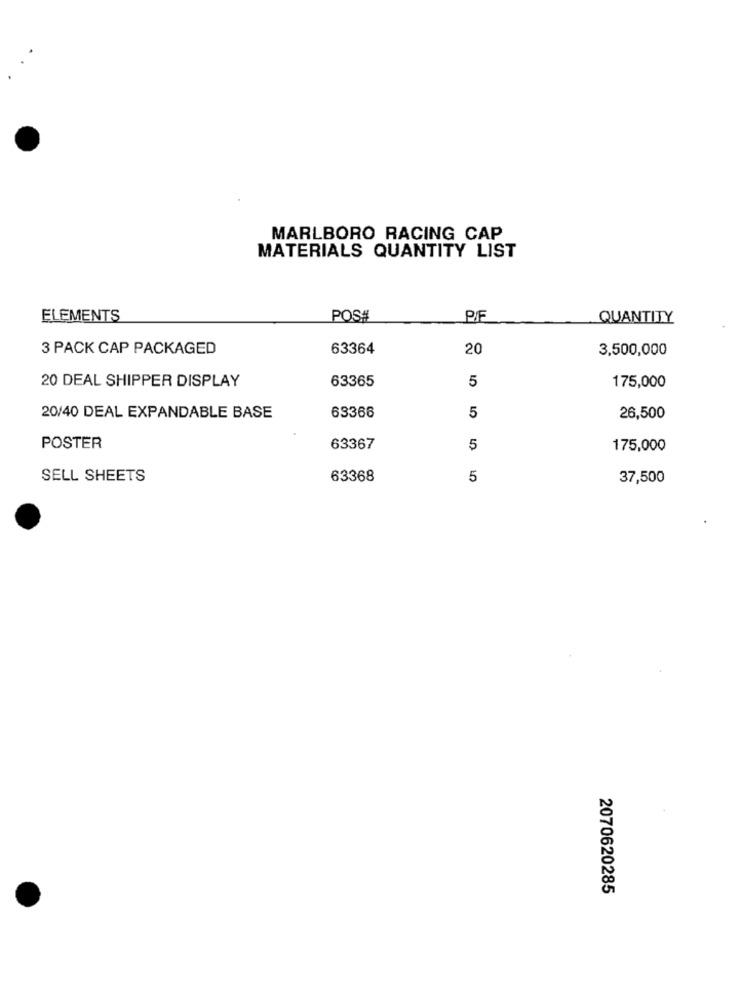
MARLBORO RACING CAP
MATERIALS QUANTITY LIST
ELEMENTS
POS#
P/F
QUANTITY
3 PACK CAP PACKAGED
63364
20
3,500,000
20 DEAL SHIPPER DISPLAY
63365
5
175,000
20/40 DEAL EXPANDABLE BASE
69366
5
26,500
POSTER
63367
5
175,000
SELL SHEETS
63368
5
37,500
2070620285